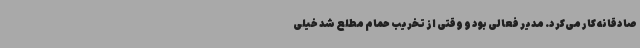
صادقانه کار می‌کرد. مدیر فعالی بود و وقتی از تخریب حمام مطلع شد خیلی